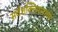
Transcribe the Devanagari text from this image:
सर्वशक्तिमानाच्या